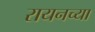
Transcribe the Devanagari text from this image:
रायनच्या